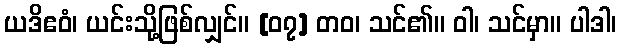
ယဒိဧဝံ၊ ယင်းသို့ဖြစ်လျှင်။ [၀၇] တဝ၊ သင်၏။ ဝါ၊ သင်မှာ။ ပါဒါ၊